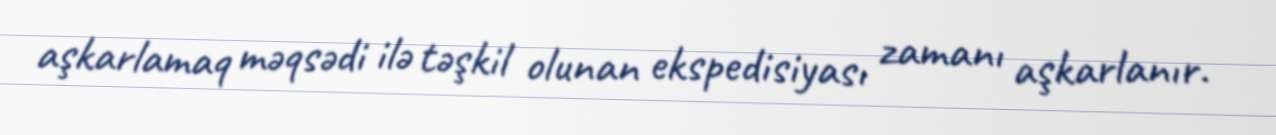
aşkarlamaq məqsədi ilə təşkil olunan ekspedisiyası zamanı aşkarlanır.